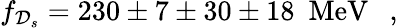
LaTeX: f_{\mathcal{D}_{s}}=230\pm7\pm30\pm18~~\mathrm{{MeV}}~~~,